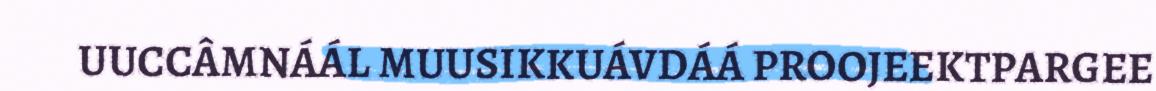
UUCCÂMNÁÁL MUUSIKKUÁVDÁÁ PROOJEEKTPARGEE